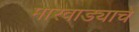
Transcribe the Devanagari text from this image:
मारवाड्याचे